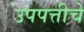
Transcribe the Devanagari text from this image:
उपपत्तीचे